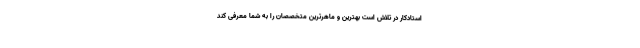
استادکار در تلاش است بهترین و ماهرترین متخصصان را به شما معرفی کند